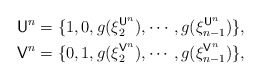
\begin{align*}\mathsf{U}^n&=\{1,0,g(\xi_2^{\mathsf{U}^n}),\cdots,g(\xi_{n-1}^{\mathsf{U}^n})\},\\\mathsf{V}^n&=\{0,1,g(\xi_2^{\mathsf{V}^n}),\cdots,g(\xi_{n-1}^{\mathsf{V}^n})\},\end{align*}